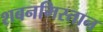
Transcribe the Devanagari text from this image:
शबनमिस्तान